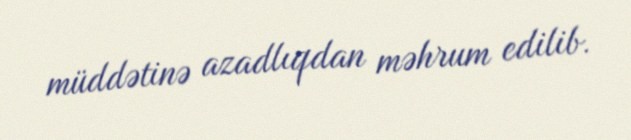
müddətinə azadlıqdan məhrum edilib.